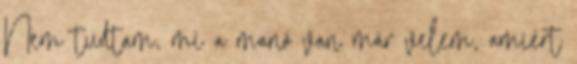
Nem tudtam, mi a manó van már velem, amiért